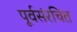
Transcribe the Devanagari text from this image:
पूर्वसंरचित